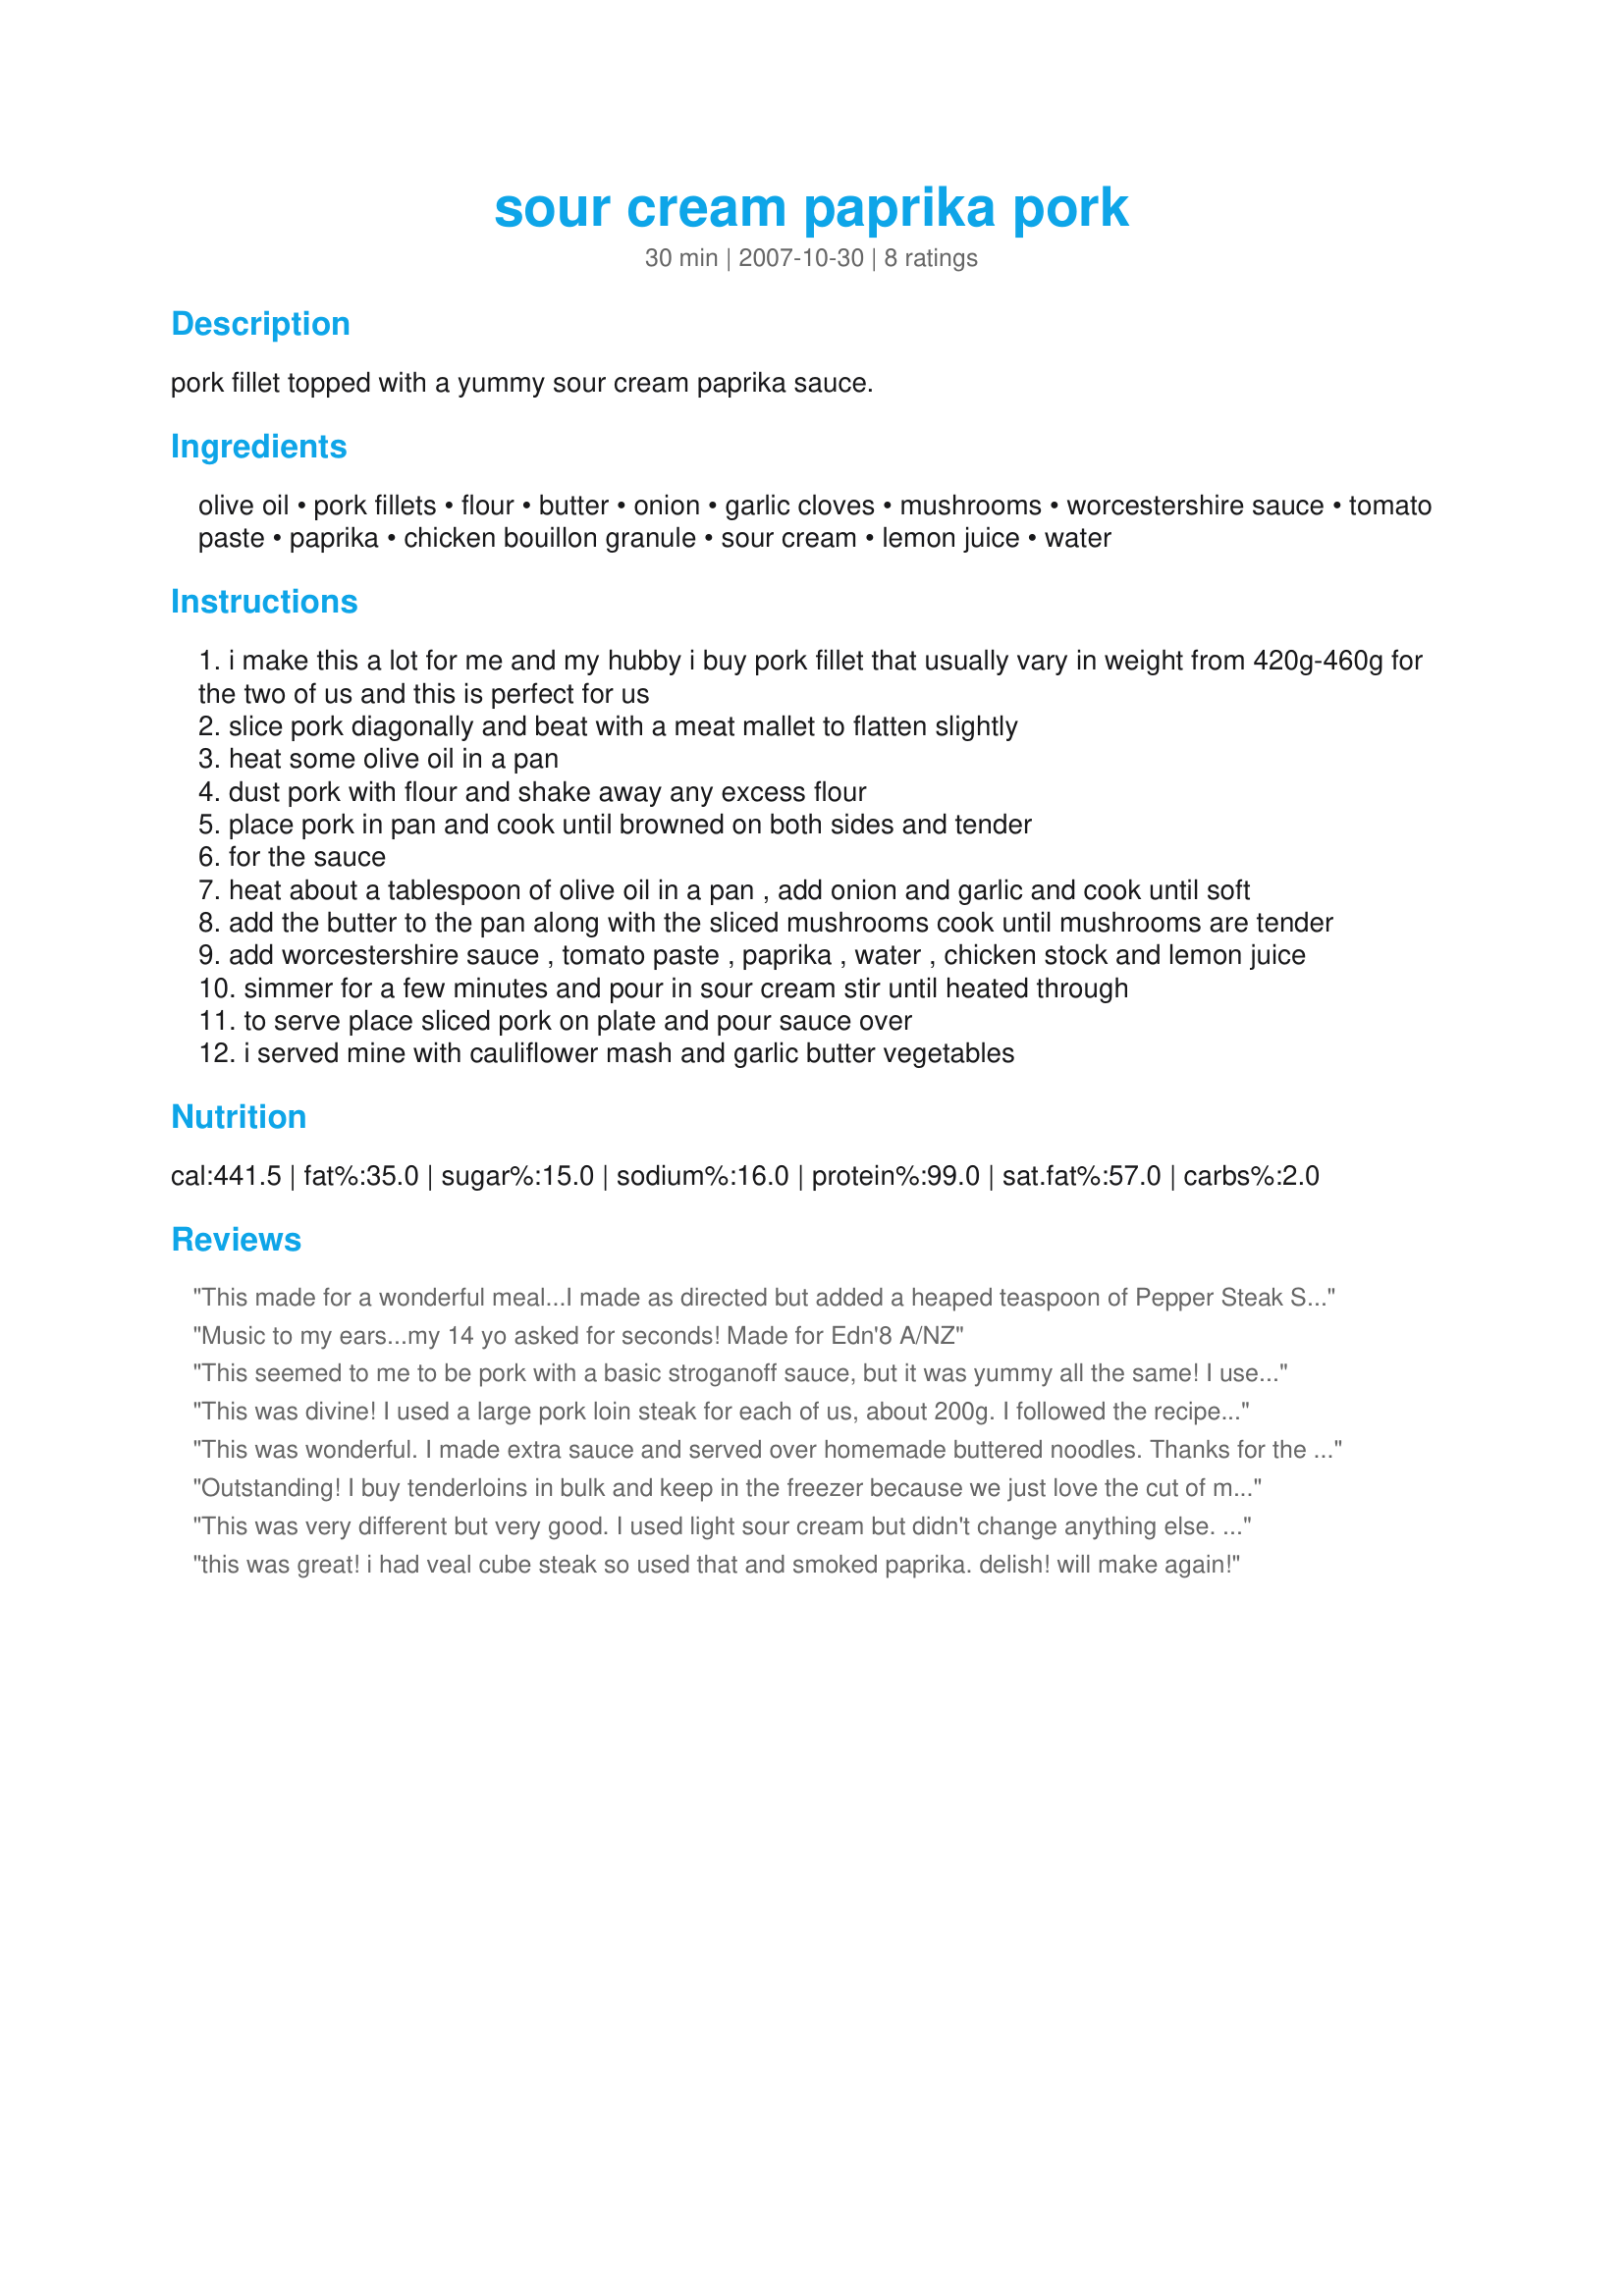
sour cream paprika pork
Preparation time: 30 minutes

pork fillet topped with a yummy sour cream paprika sauce.

Ingredients:
olive oil, pork fillets, flour, butter, onion, garlic cloves, mushrooms, worcestershire sauce, tomato paste, paprika, chicken bouillon granule, sour cream, lemon juice, water

Steps:
i make this a lot for me and my hubby i buy pork fillet that usually vary in weight from 420g-460g for the two of us and this is perfect for us
slice pork diagonally and beat with a meat mallet to flatten slightly
heat some olive oil in a pan
dust pork with flour and shake away any excess flour
place pork in pan and cook until browned on both sides and tender
for the sauce
heat about a tablespoon of olive oil in a pan , add onion and garlic and cook until soft
add the butter to the pan along with the sliced mushrooms cook until mushrooms are tender
add worcestershire sauce , tomato paste , paprika , water , chicken stock and lemon juice
simmer for a few minutes and pour in sour cream stir until heated through
to serve place sliced pork on plate and pour sauce over
i served mine with cauliflower mash and garlic butter vegetables

Reviews:
This made for a wonderful meal...I made as directed but added a heaped teaspoon of Pepper Steak Seasoning (mixed ground pepper blend) to the sauce for a little bite. I also added a little extra water to thin the sauce slightly. The sauce would also be wonderful served over chicken breast.
Thanks for sharing :)
Music to my ears...my 14 yo asked for seconds! Made for Edn'8 A/NZ
This seemed to me to be pork with a basic stroganoff sauce, but it was yummy all the same! I used pork scotch fillet. I am not sure I would flour the fillets again, this did not seem all that necessary. But the pork cooked beautifully and the sauce was very nice with mash; although I think I'd prefer pasta. I also used canned mushrooms which was a cheat, I think the flavour would be better with fresh. Thanks!
This was divine! I used a large pork loin steak for each of us, about 200g. I followed the recipe to the LAST dot, and it resulted in a VERY sophisticated and yet very hearty Autumn meal for us. I served this with freshly dug potatoes from the garden, just steamed with butter and parsley; freshly picked Swiss chard from the garden - chopped and sauted in a little butter with black pepper, and a few carrots. The sauce was nicely piquant and very tasty, and the addition of the mushrooms gave it some "body". A wonderful recipe which we both enjoyed, and the sauce can be made beforehand with ease. I will try this sauce with grilled chicken pieces next time and maybe serve it with noodles or pasta! Made as a recipenap for Aussie Swap #21 and also the N Mediterranean photo event in the Photos Forum. Merci encore Flying Chef! FT:-)
This was wonderful. I made extra sauce and served over homemade buttered noodles. Thanks for the recipe!
Outstanding! I buy tenderloins in bulk and keep in the freezer because we just love the cut of meat. I doubled the sauce so we'd have plenty to pour over the cutlets and Recipe #252762. Served with a side of Recipe #6446 Thanks for sharing your recipe!
This was very different but very good. I used light sour cream but didn't change anything else. I served this with rice and broccoli. At first I wasn't sure if I liked it - it is very distinctive but the more I ate the better I liked it. Thanks for posting!
this was great! i had veal cube steak so used that and smoked paprika. delish! will make again!
